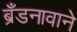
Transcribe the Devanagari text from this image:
ब्रँडनावाने